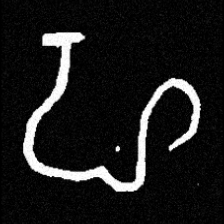
Pyu character \u2014 Myanmar letter: ဟ (romanized: ha)